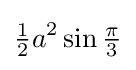
{\tfrac {1}{2}}a^{2}\sin {\tfrac {\pi }{3}}